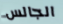
الجالس